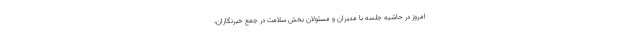
امروز در حاشیه جلسه با مدیران و مسئولان بخش سلامت در جمع خبرنگاران،